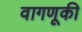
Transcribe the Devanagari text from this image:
वागणूकी